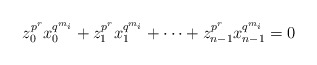
\begin{align*}z_0^{p^r}x_0^{q^{m_i}}+z_1^{p^r}x_1^{q^{m_i}}+\cdots+z_{n-1}^{p^r}x_{n-1}^{q^{m_i}}=0\end{align*}